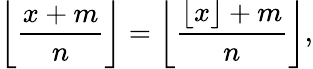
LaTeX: \left\lfloor{\frac{x+m}{n}}\right\rfloor=\left\lfloor{\frac{\lfloor x\rfloor+m}{n}}\right\rfloor,